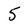
Character: 5